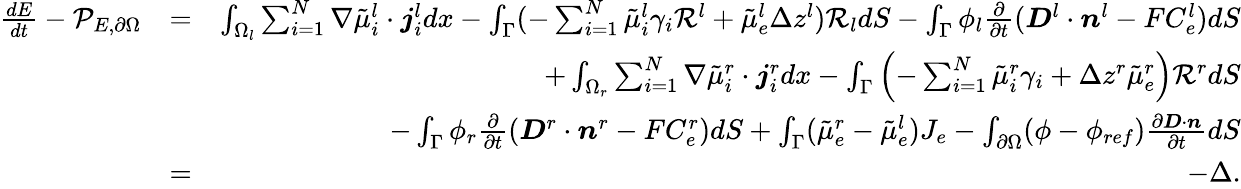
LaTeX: \begin{array}{rlr}{\frac{dE}{dt}-\mathcal{P}_{E,\partial\Omega}}&{=}&{\int_{\Omega_{l}}\sum_{i=1}^{N}\nabla\tilde{\mu}_{i}^{l}\cdot\boldsymbol{j}_{i}^{l}dx-\int_{\Gamma}(-\sum_{i=1}^{N}\tilde{\mu}_{i}^{l}\gamma_{i}\mathcal{R}^{l}+\tilde{\mu}_{e}^{l}\Delta z^{l})\mathcal{R}_{l}dS-\int_{\Gamma}\phi_{l}\frac{\partial}{\partial t}(\boldsymbol{D}^{l}\cdot\boldsymbol{n}^{l}-FC_{e}^{l})dS}\\ &{}&{+\int_{\Omega_{r}}\sum_{i=1}^{N}\nabla\tilde{\mu}_{i}^{r}\cdot\boldsymbol{j}_{i}^{r}dx-\int_{\Gamma}\left(-\sum_{i=1}^{N}\tilde{\mu}_{i}^{r}\gamma_{i}+\Delta z^{r}\tilde{\mu}_{e}^{r}\right)\mathcal{R}^{r}dS}\\ &{}&{-\int_{\Gamma}\phi_{r}\frac{\partial}{\partial t}(\boldsymbol{D}^{r}\cdot\boldsymbol{n}^{r}-FC_{e}^{r})dS+\int_{\Gamma}(\tilde{\mu}_{e}^{r}-\tilde{\mu}_{e}^{l})J_{e}-\int_{\partial\Omega}(\phi-\phi_{ref})\frac{\partial\boldsymbol{D}\cdot\boldsymbol{n}}{\partial t}dS}\\ &{=}&{-\Delta.}\end{array}